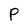
Character: P